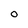
Character: O